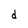
Character: d